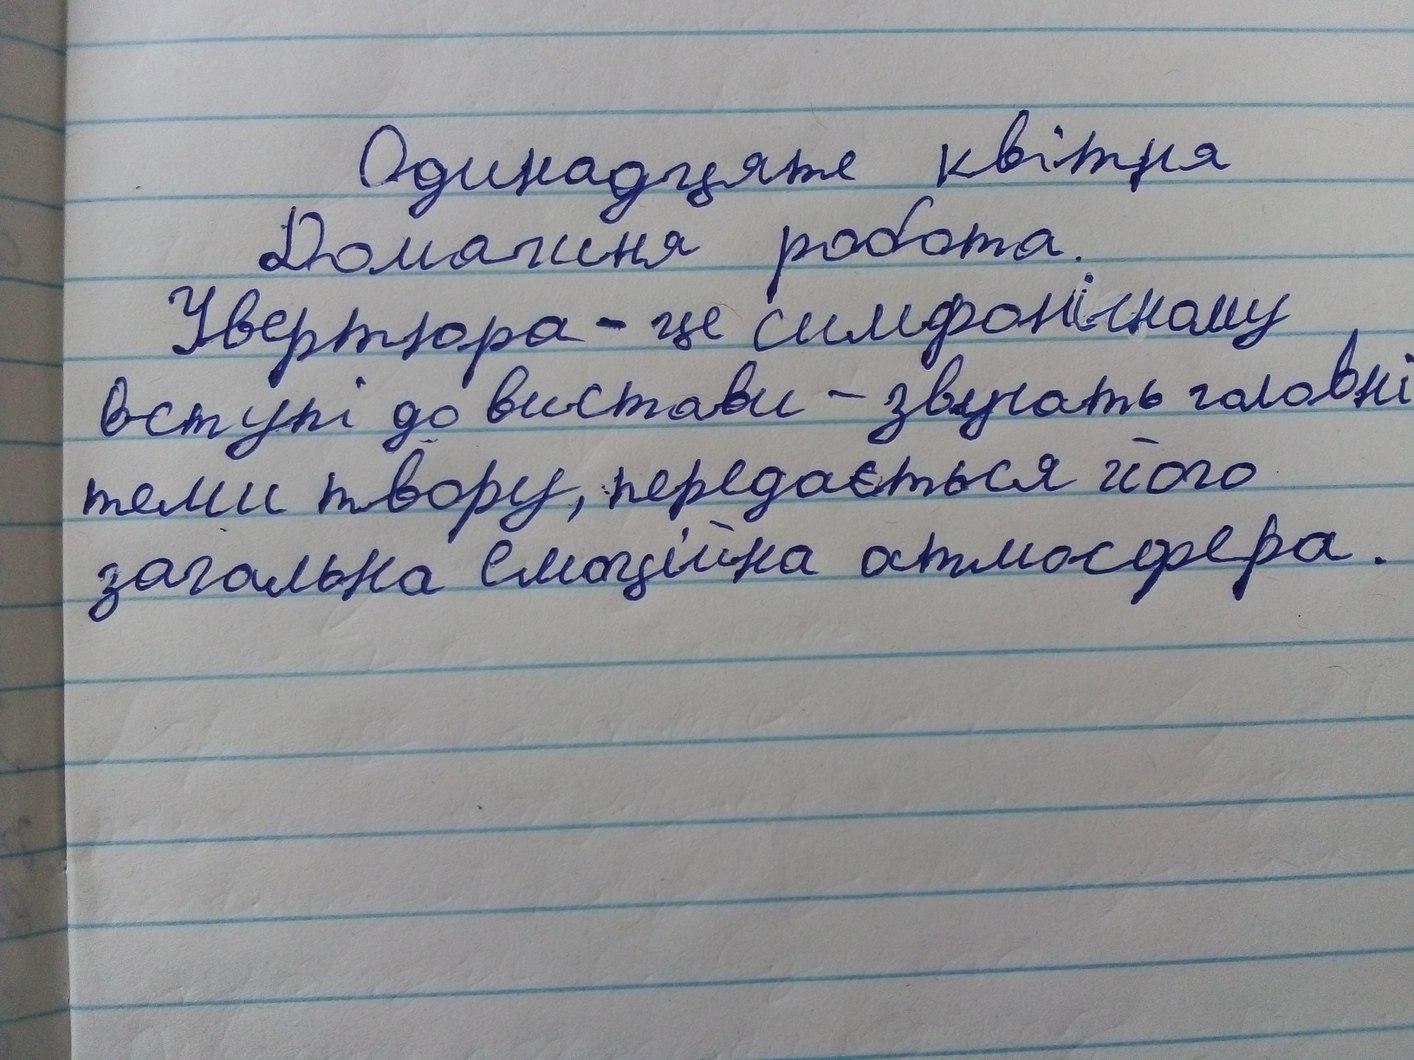
Одинадцяте квітня
Домашня робота.
Увертюра - це симфонічному
вступі до вистави - звучать головні
теми твору, передається його
загальна емоційна атмосфера.